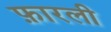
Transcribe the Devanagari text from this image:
फ़ारली